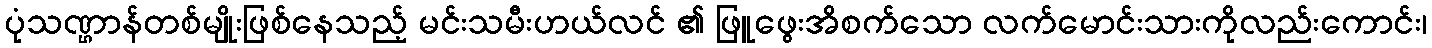
ပုံသဏ္ဌာန်တစ်မျိုးဖြစ်နေသည့် မင်းသမီးဟယ်လင် ၏ ဖြူဖွေးအိစက်သော လက်မောင်းသားကိုလည်းကောင်း၊